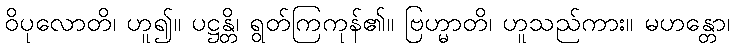
ဝိပုလောတိ၊ ဟူ၍။ ပဋ္ဌန္တိ၊ ရွတ်ကြကုန်၏။ ဗြဟ္မာတိ၊ ဟူသည်ကား။ မဟန္တော၊